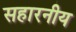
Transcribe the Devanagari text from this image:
सहारनीय